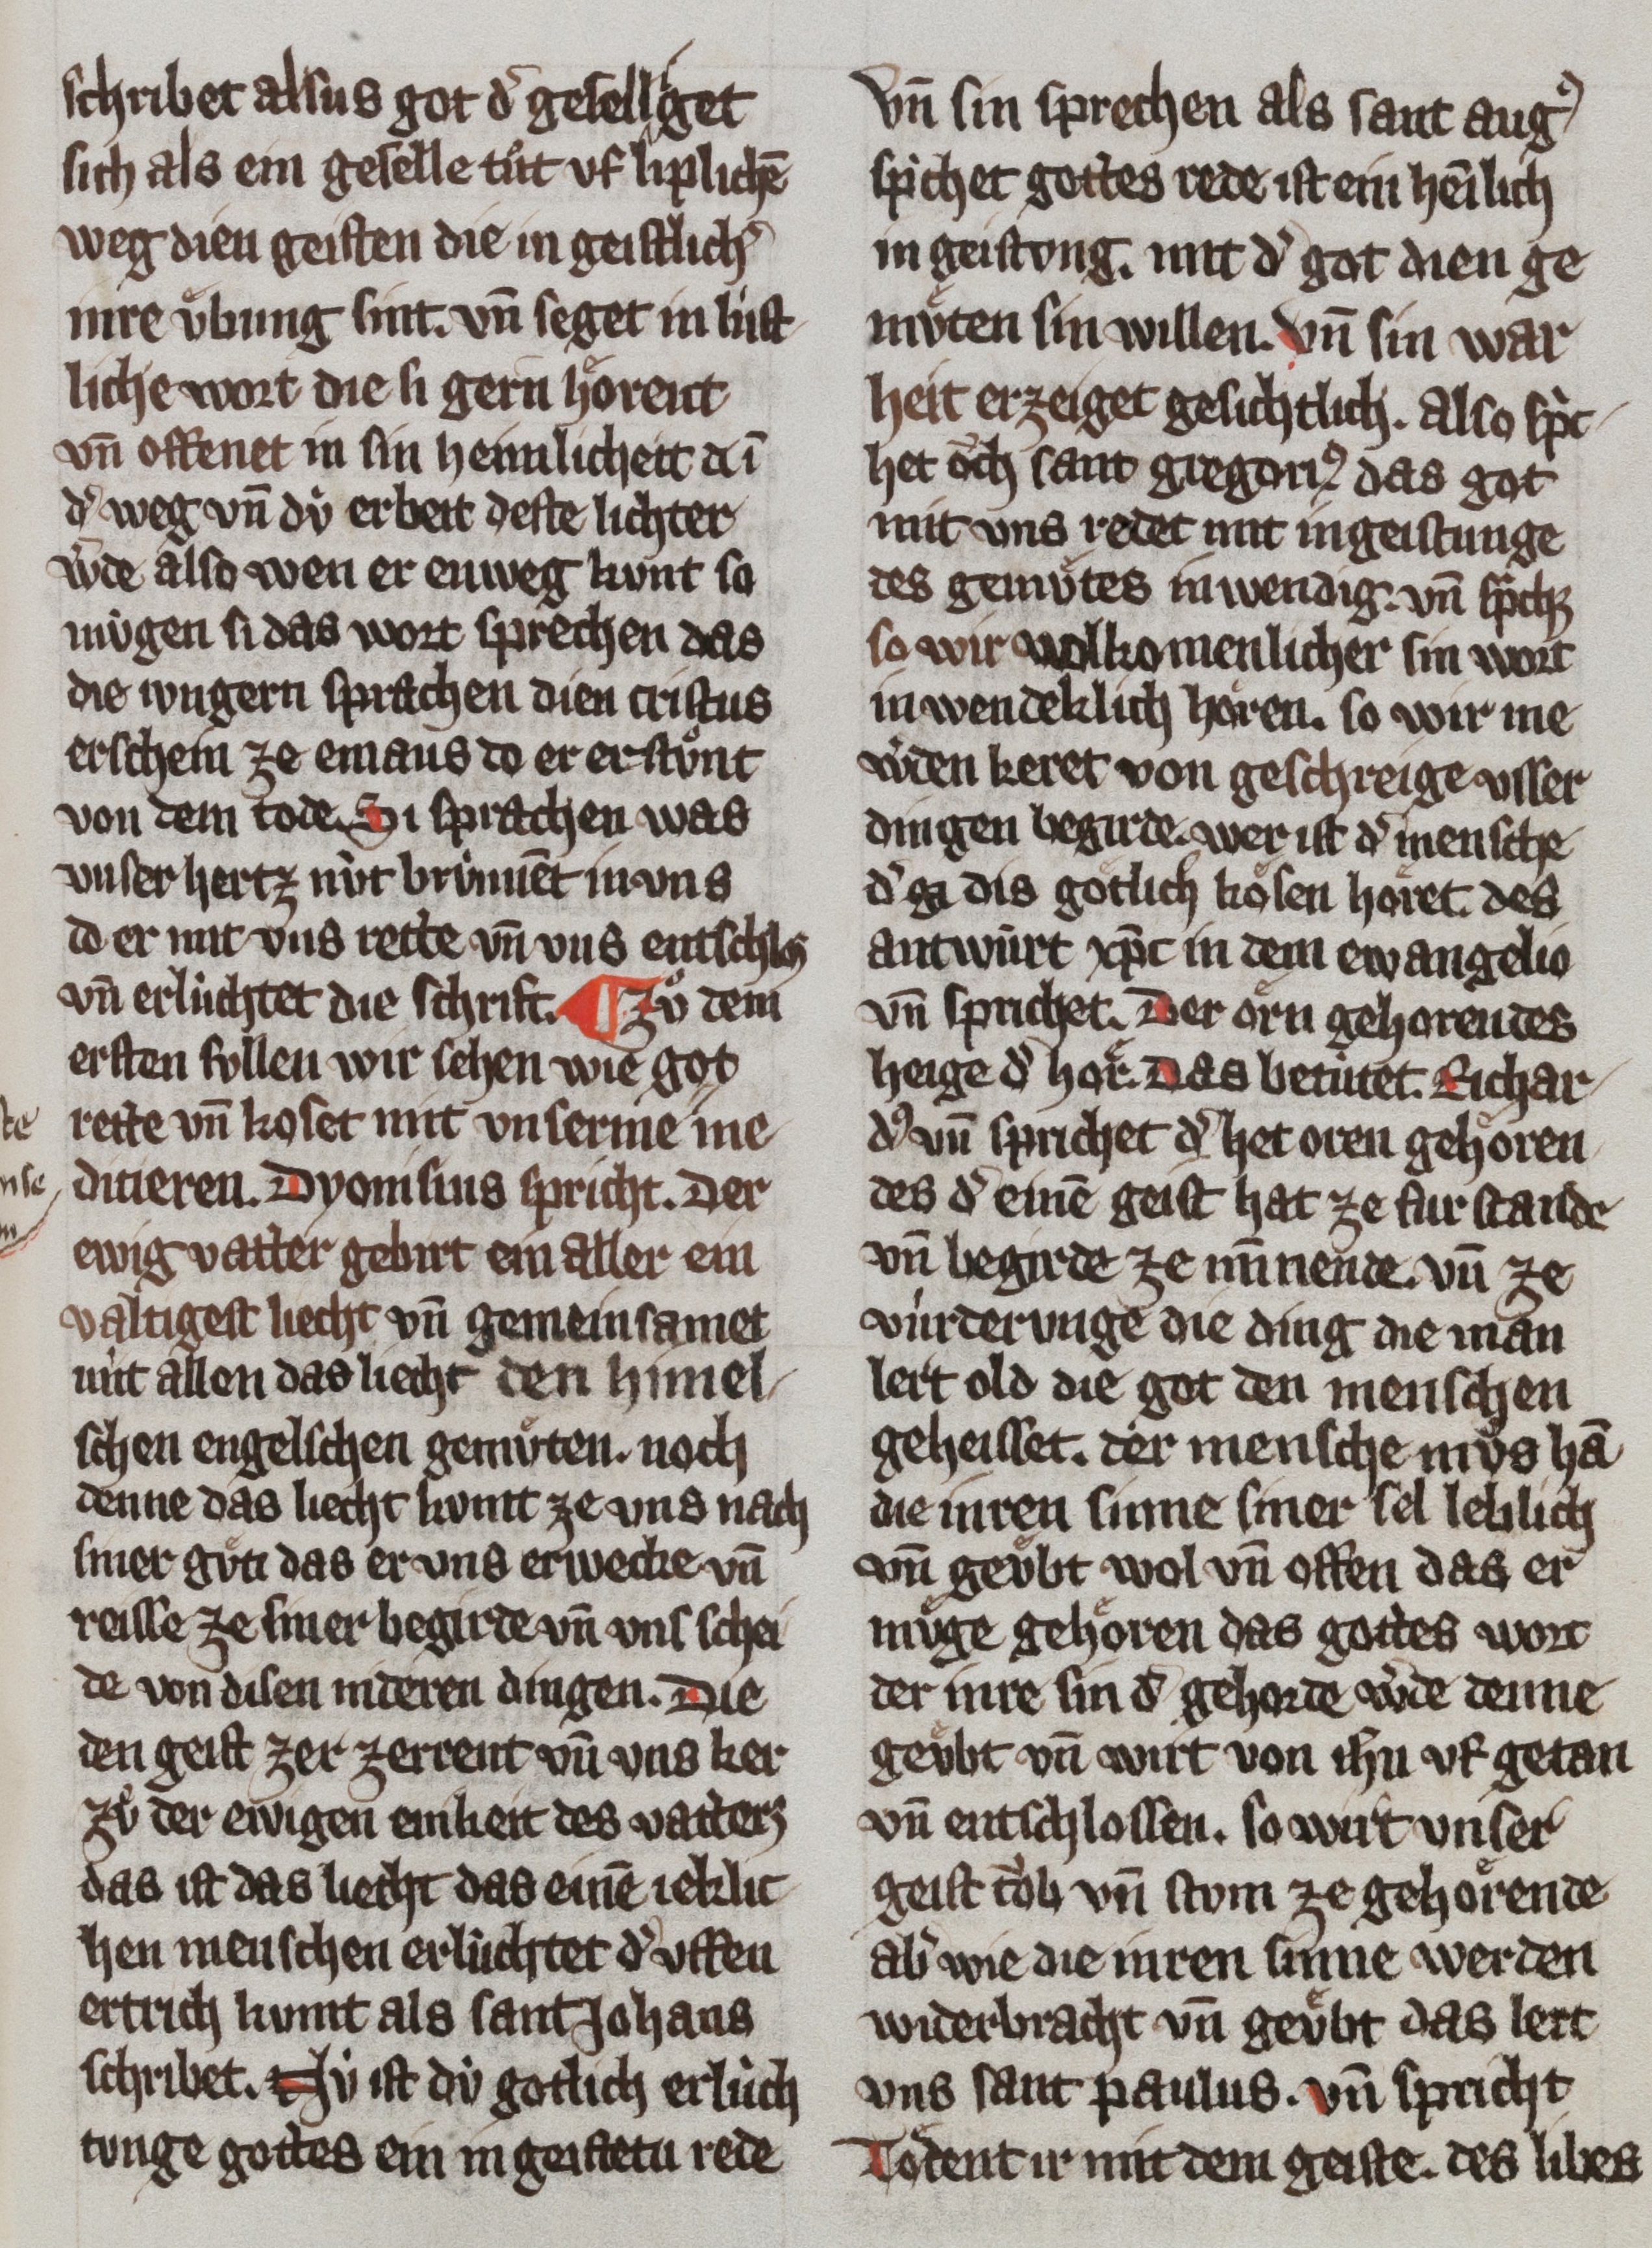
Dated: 1300–1399